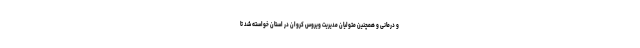
و درمانی و همچنین متولیان مدیریت ویروس کروان در استان خواسته شد تا